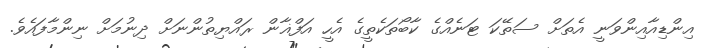
އިންޑިއާއިންވަނީ އެތަށް ސަތޭކަ ޓަނެއްގެ ކާބޯތަކެތީގެ އެހީ އަފްޣާން ރައްޔިތުންނަށް ދިނުމަށް ނިންމާފައެވެ.